Vaccination Hyderabad 1890-1903 - 1890-1903
Year: 1890
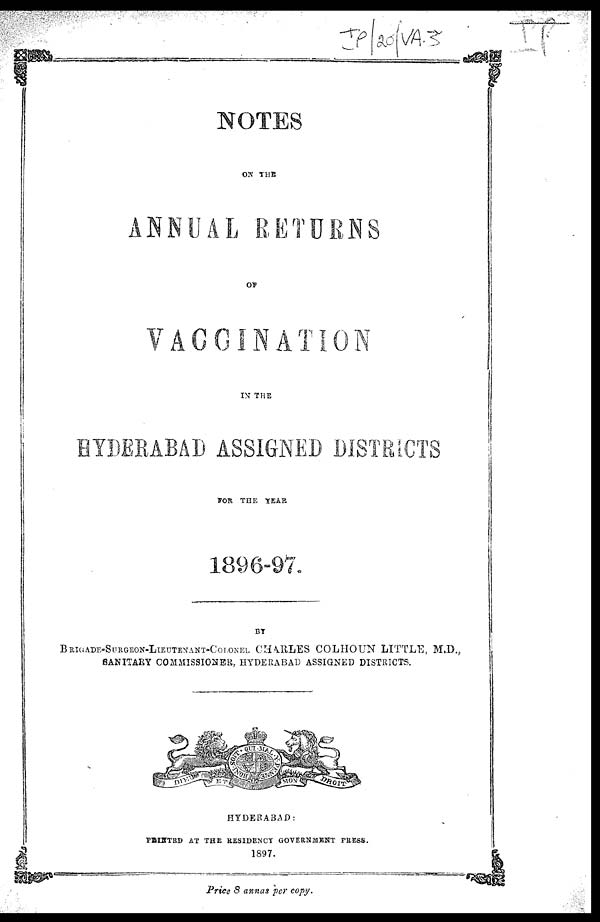
NOTES
ON THE
ANNUAL RETURNS
OF
VACCINATION
IN THE
HYDERABAD ASSIGNED DISTRICTS
FOR THE YEAR
1896-97.
BY
BRIGADE-SURGEON-LIEUTENANT-COLONEL CHARLES COLHOUN LITTLE, M.D.,
SANITARY COMMISSIONER, HYDERABAD ASSIGNED DISTRICTS.
HYDERABAD:
PRINTED AT THE RESIDENCY GOVERNMENT PRESS.
1897.
Price 8 annas per copy.